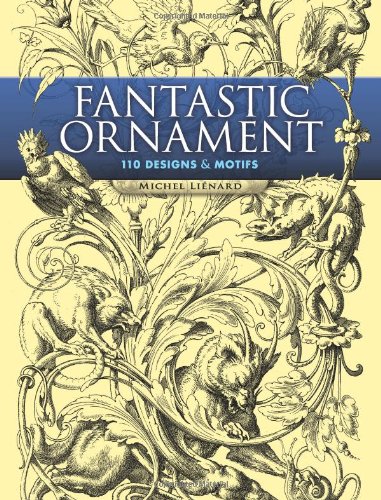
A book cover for Fantastic Ornament: 110 Designs and Motifs (Dover Pictorial Archive); Michel LiÃ©nard; Arts & Photography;